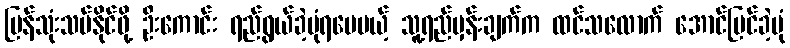
ပြန်သုံးသပ်နိုင်ဖို့ ဦးကောင်း ရည်ရွယ်ခဲ့ပုံရပေမယ့် သူ့ရည်မှန်းချက်က ထင်သလောက် အောင်မြင်ခဲ့ပုံ